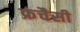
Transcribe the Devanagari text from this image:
फ्रंचैसी